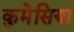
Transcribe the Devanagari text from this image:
कुमेसिया